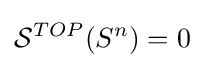
{\mathcal {S}}^{TOP}(S^{n})=0